Indian journal of veterinary science and animal husbandry - Volumes 18-21, 1948-1951
Year: 1948
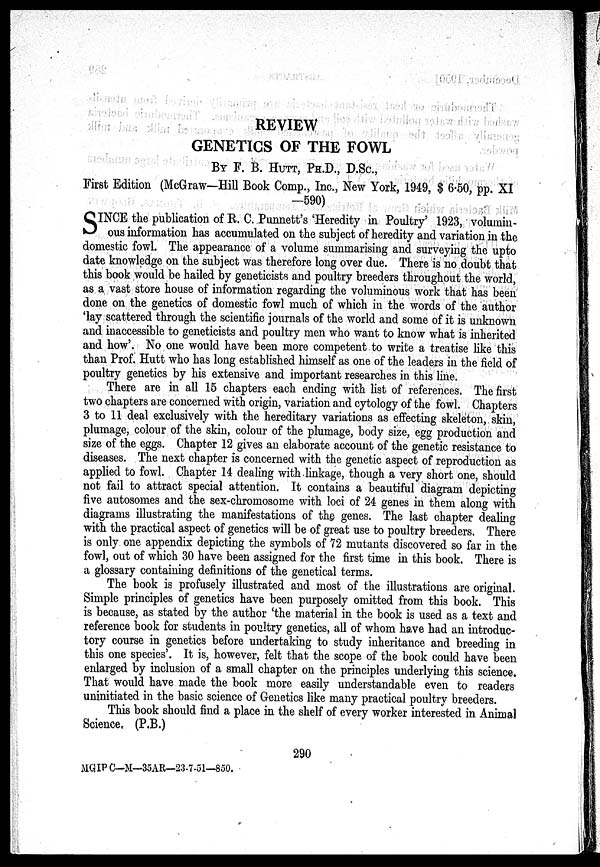
REVIEW
GENETICS OF THE FOWL
BY F. B. HUTT, PH.D., D.Sc.,
First Edition (McGraw-Hill Book Comp., Inc., New York, 1949, $ 6.50, pp. XI
—590)
S INCE the publication of R. C. Punnett's 'Heredity in Poultry' 1923, volumin-
ous information has accumulated on the subject of heredity and variation in the
domestic fowl. The appearance of a volume summarising and surveying the upto
date knowledge on the subject was therefore long over due. There is no doubt that
this book would be hailed by geneticists and poultry breeders throughout the world,
as a vast store house of information regarding the voluminous work that has been
done on the genetics of domestic fowl much of which in the words of the author
'lay scattered through the scientific journals of the world and some of it is unknown
and inaccessible to geneticists and poultry men who want to know what is inherited
and how'. No one would have been more competent to write a treatise like this
than Prof. Hutt who has long established himself as one of the leaders in the field of
poultry genetics by his extensive and important researches in this line.
There are in all 15 chapters each ending with list of references. The first
two chapters are concerned with origin, variation and cytology of the fowl. Chapters
3 to 11 deal exclusively with the hereditary variations as effecting skeleton, skin,
plumage, colour of the skin, colour of the plumage, body size, egg production and
size of the eggs. Chapter 12 gives an elaborate account of the genetic resistance to
diseases. The next chapter is concerned with the genetic aspect of reproduction as
applied to fowl. Chapter 14 dealing with linkage, though a very short one, should
not fail to attract special attention. It contains a beautiful diagram depicting
five autosomes and the sex-chromosome with loci of 24 genes in them along with
diagrams illustrating the manifestations of the genes. The last chapter dealing
with the practical aspect of genetics will be of great use to poultry breeders. There
is only one appendix depicting the symbols of 72 mutants discovered so far in the
fowl, out of which 30 have been assigned for the first time in this book. There is
a glossary containing definitions of the genetical terms.
The book is profusely illustrated and most of the illustrations are original.
Simple principles of genetics have been purposely omitted from this book. This
is because, as stated by the author 'the material in the book is used as a text and
reference book for students in poultry genetics, all of whom have had an introduc-
tory course in genetics before undertaking to study inheritance and breeding in
this one species'. It is, however, felt that the scope of the book could have been
enlarged by inclusion of a small chapter on the principles underlying this science.
That would have made the book more easily understandable even to readers
uninitiated in the basic science of Genetics like many practical poultry breeders.
This book should find a place in the shelf of every worker interested in Animal
Science. (P.B.)
290
MGIPC—M—35AR—23-7-51—850.